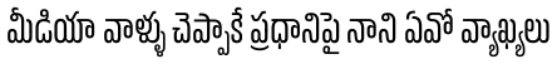
మీడియా వాళ్ళు చెప్పాకే ప్రధానిపై నాని ఏవో వ్యాఖ్యలు